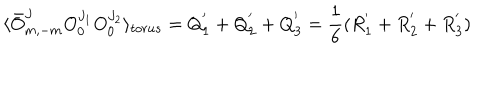
\langle \bar { O } _ { m , - m } ^ { J } O _ { 0 } ^ { J _ { 1 } } O _ { 0 } ^ { J _ { 2 } } \rangle _ { t o r u s } = Q _ { 1 } ^ { ' } + Q _ { 2 } ^ { ' } + Q _ { 3 } ^ { ' } = \frac { 1 } { 6 } ( R _ { 1 } ^ { ' } + R _ { 2 } ^ { ' } + R _ { 3 } ^ { ' } )